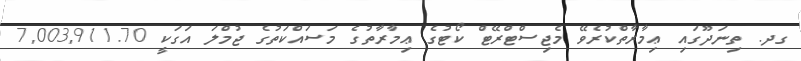
ގދ. ތިނަދޫގައި ޢިމާރާތްކުރެވޭ މެޖިސްޓްރޭޓް ކޯޓުގެ ޢިމާރާތުގެ މަސައްކަތުގެ ޖުމްލަ އަގަކީ 7